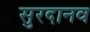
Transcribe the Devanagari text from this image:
सुरदानव